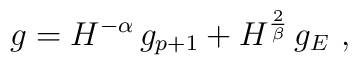
g = H^{-\alpha}\,g_{p+1} + H^{\frac2\beta} \,g_E~,